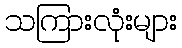
သကြားလုံးများ